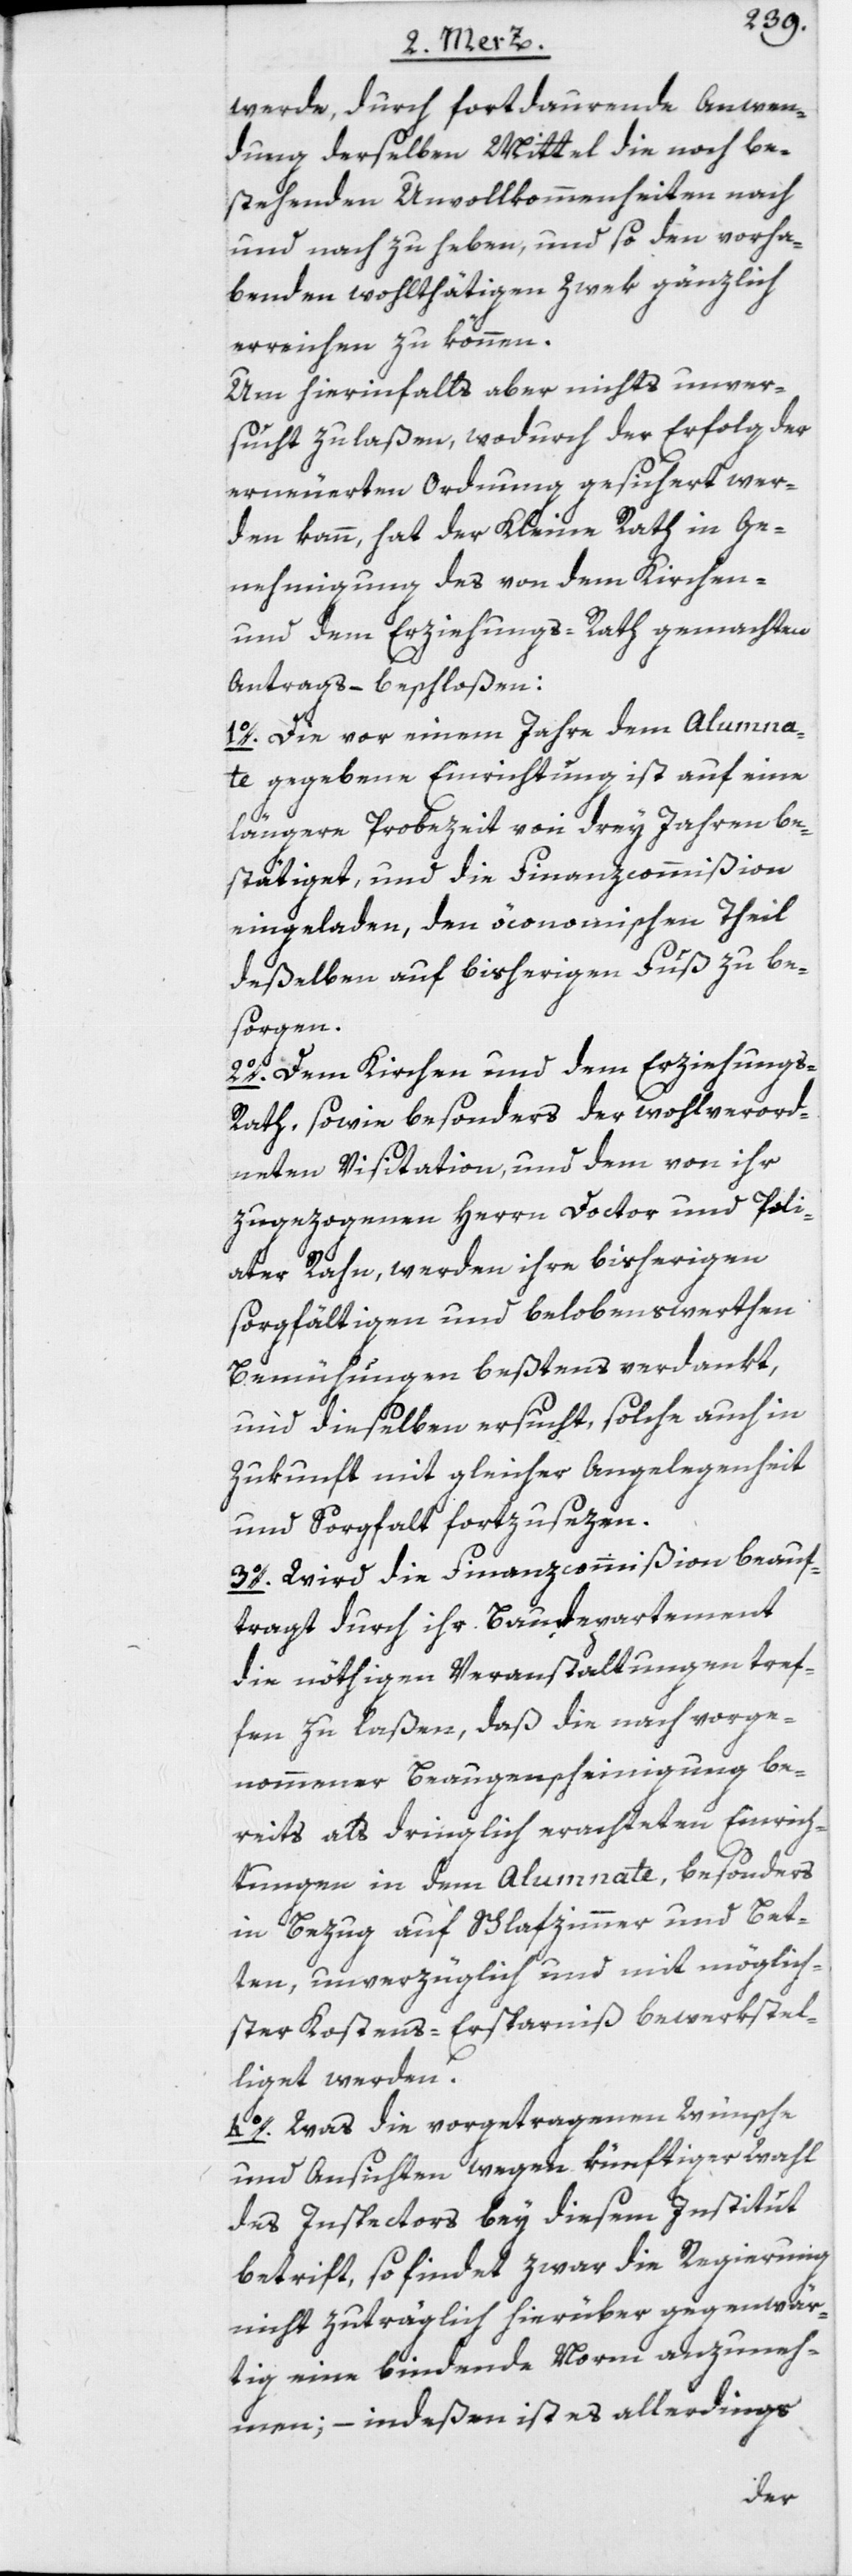
werde, durch fortdaurende Anwen¬
dung derselben Mittel die noch be¬
stehenden Unvollkommenheiten nach
und nach zu heben, und so den vorha¬
benden wohlthätigen Zwek gänzlich
erreichen zu können.
Um hierinfalls aber nichts unver¬
sucht zu laßen, wodurch der Erfolg der
erneuerten Ordnung gesichert wer¬
den kann, hat der Kleine Rath in Ge¬
nehmigung des von dem Kirchen-
und dem Erziehungs-Rath gemachten
Antrags – beschloßen:
1o. Die vor einem Jahre dem Alumna¬
te gegebene Einrichtung ist auf eine
längere Probezeit von drey Jahren be¬
stätiget, und die Finanzcommißion
eingeladen, den öconomischen Theil
deßelben auf bisherigen Fuß zu be¬
sorgen.
2o. Dem Kirchen[-] und dem Erziehung¬
s-Rath, sowie besonders der wohlverord¬
neten Visitation, und dem von ihr
zugezogenen Herrn Doctor und Poli¬
ater Rahn, werden ihre bisherigen
sorgfältigen und belobenswerthen
Bemühungen beßtens verdankt,
und dieselben ersucht, solche auch in
Zukunft mit gleicher Angelegenheit
und Sorgfalt fortzusezen.
3o. Wird die Finanzcommißion beauf¬
tragt durch ihr Baudepartement
die nöthigen Veranstaltungen tref¬
fen zu laßen, daß die nach vorge¬
nommener Beaugenscheinigung be¬
reits als dringlich erachteten Einrich¬
tungen in dem Alumnate, besonders
in Bezug auf Schlafzimmer und Bet¬
ten, unverzüglich und mit möglich¬
ster Kostens-Ersparniß bewerkstel¬
liget werden.
4o. Was die vorgetragenen Wünsche
und Ansichten wegen künftiger Wahl
des Inspectors bey diesem Institut
betrift, so findet zwar die Regierung
nicht zuträglich hierüber gegenwär¬
tig eine bindende Norm anzuneh¬
men; – indeßen ist es allerdings